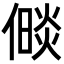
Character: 𪝧